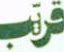
قريب